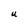
Character: U